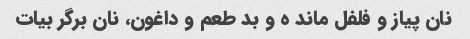
نان پیاز و فلفل ماند ه و بد طعم و داغون، نان برگر بیات